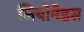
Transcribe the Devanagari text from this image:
लियोनैडस